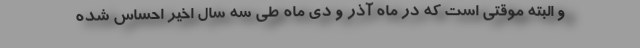
و البته موقتی است که در ماه آذر و دی ماه طی سه سال اخیر احساس شده